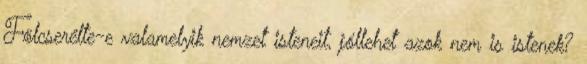
Fölcserélte-e valamelyik nemzet isteneit, jóllehet azok nem is istenek?